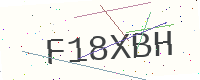
Text: F18XBH